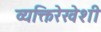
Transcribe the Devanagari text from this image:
व्यक्तिरेखेशी